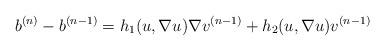
LaTeX: \begin{align*}b^{(n)}-b^{(n-1)} = h_1(u,\nabla u) \nabla v^{(n-1)}+ h_2(u,\nabla u) v^{(n-1)}\end{align*}